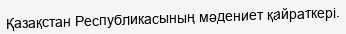
Қазақстан Республикасының мәдениет қайраткері.